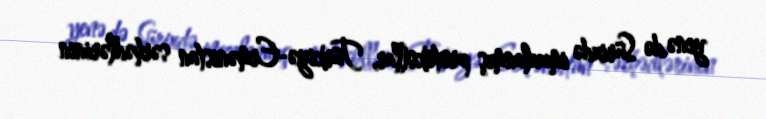
yenə də Sürixdə imzalanmış protokollar, Türkiyə-Ermənistan sərhədlərinin